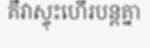
គឺវាស្ទុះហើរបន្តគ្នា